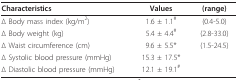
<table><thead><tr><td><b>Characteristics</b></td><td><b>Values</b></td><td><b>(range)</b></td></tr></thead><tbody><tr><td>Δ Body mass index (kg/m<sup>2</sup>)</td><td>1.6 ± 1.1<sup>#</sup></td><td>(0.4-5.0)</td></tr><tr><td>Δ Body weight (kg)</td><td>5.4 ± 4.4<sup>#</sup></td><td>(2.8-33.0)</td></tr><tr><td>Δ Waist circumference (cm)</td><td>9.6 ± 5.5*</td><td>(1.5-24.5)</td></tr><tr><td>Δ Systolic blood pressure (mmHg)</td><td>15.3 ± 17.5*</td><td></td></tr><tr><td>Δ Diastolic blood pressure (mmHg)</td><td>12.1 ± 19.1<sup>#</sup></td><td></td></tr></tbody></table>